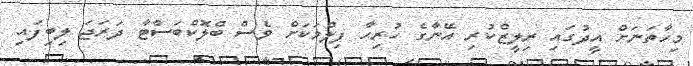
މިހާތަނަށް އީދުގައި ރިލީޒްކުރި އޭނާގެ ހުރިހާ ފިލްމަކަށް ވެސް ބްލޮކްބަސްޓާ ދަރަޖަ ލިބިފައި